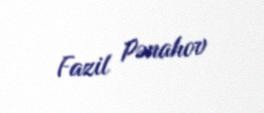
Fazil Pənahov